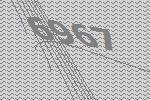
6967